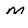
Character: M